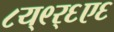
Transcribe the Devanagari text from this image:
८य्९र्६ए६